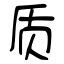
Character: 质